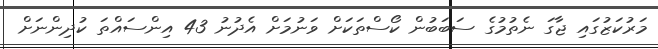
މަރުކަޒުގައި ޖާގަ ނެތުމުގެ ސަބަބުން ކޯސްތަކަށް ވަނުމަށް އެދުނު 43 އިންސައްތަ ކުދިންނަށް